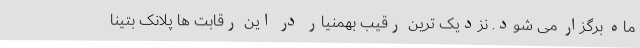
ماه برگزار می شود. نزدیک ترین رقیب بهمنیار در این رقابت ها پلانک بتینا